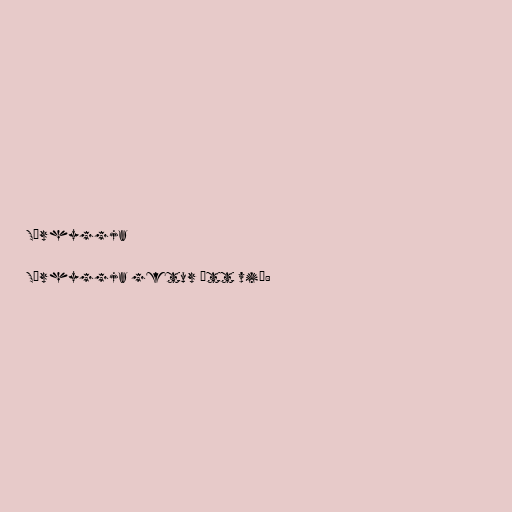
Sérhyggja

Sérhyggja getur átt við: